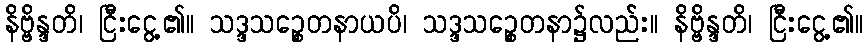
နိဗ္ဗိန္ဒတိ၊ ငြီးငွေ့၏။ သဒ္ဒသဉ္စေတနာယပိ၊ သဒ္ဒသဉ္စေတနာ၌လည်း။ နိဗ္ဗိန္ဒတိ၊ ငြီးငွေ့၏။